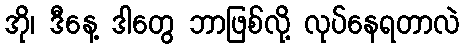
အို၊ ဒီနေ့ ဒါတွေ ဘာဖြစ်လို့ လုပ်နေရတာလဲ